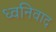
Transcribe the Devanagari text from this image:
ध्वनिवाद